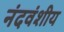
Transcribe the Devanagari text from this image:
नंदवंशीय